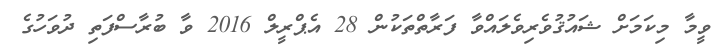
ވީމާ މިކަމަށް ޝައުޤުވެރިވެލައްވާ ފަރާތްތަކުން 28 އެޕްރީލް 2016 ވާ ބުރާސްފަތި ދުވަހުގެ